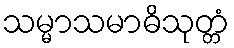
သမ္မာသမာဓိသုတ္တံ